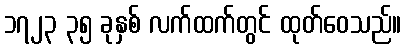
၁၇၂၃ ၃၅ ခုနှစ် လက်ထက်တွင် ထုတ်ဝေသည်။